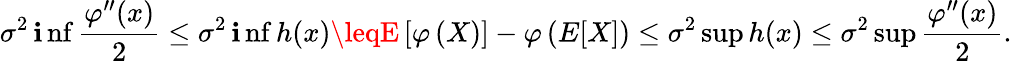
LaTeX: \sigma^{2}\operatorname*{\mathbf{i}nf}{\frac{{\varphi^{\prime\prime}(x)}}{{2}}}\leq\sigma^{2}\operatorname*{\mathbf{i}nf}h(x)\leqE\left[\varphi\left(X\right)\right]-\varphi\left(E[X]\right)\leq\sigma^{2}\operatorname*{sup}h(x)\leq\sigma^{2}\operatorname*{sup}{\frac{{\varphi^{\prime\prime}(x)}}{{2}}}.